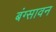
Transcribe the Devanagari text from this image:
बंग्सावन